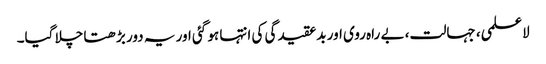
لاعلمی، جہالت، بے راہ روی اور بدعقیدگی کی انتہا ہو گئی اور یہ دور بڑھتا چلا گیا۔